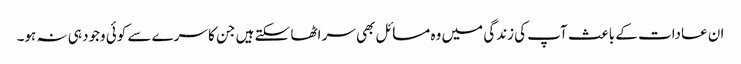
ان عادات کے باعث آپ کی زندگی میں وہ مسائل بھی سر اٹھا سکتے ہیں جن کا سرے سے کوئی وجود ہی نہ ہو۔